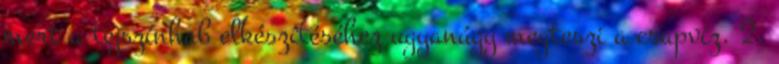
mert a tejszínhab elkészítéséhez ugyanúgy megteszi a csapvíz. 2.